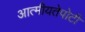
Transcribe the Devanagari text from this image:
आत्मीयतेपोटी